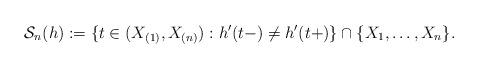
LaTeX: \begin{align*}\mathcal{S}_n(h):=\{t \in (X_{(1)},X_{(n)}):h'(t-)\neq h'(t+)\}\cap\{X_1,\ldots,X_n\}.\end{align*}